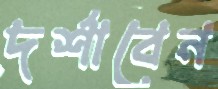
দর্শাবেন